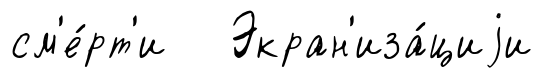
см'е́рт'и Экран'иза́циjи